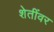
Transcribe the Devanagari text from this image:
शेतींवर